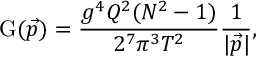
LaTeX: \mathrm { G } ( \vec { p } ) = \frac { g ^ { 4 } Q ^ { 2 } ( N ^ { 2 } - 1 ) } { 2 ^ { 7 } \pi ^ { 3 } T ^ { 2 } } \frac { 1 } { | \vec { p } | } ,